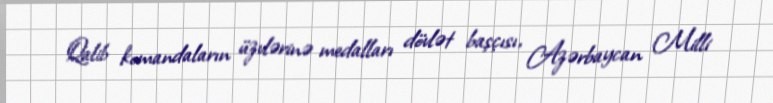
Qalib komandaların üzvlərinə medalları dövlət başçısı, Azərbaycan Milli